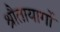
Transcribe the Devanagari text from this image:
श्रौतायागों